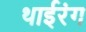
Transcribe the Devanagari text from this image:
थाईरंग